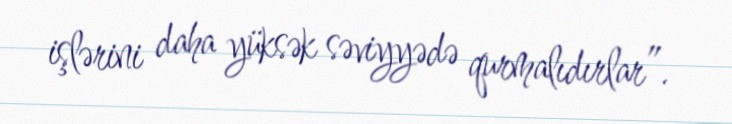
işlərini daha yüksək səviyyədə qurmalıdırlar”.